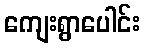
ကျေးရွာပေါင်း